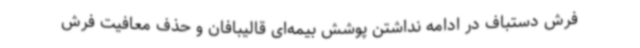
فرش دستباف در ادامه نداشتن پوشش بیمه‌ای قالیبافان و حذف معافیت فرش